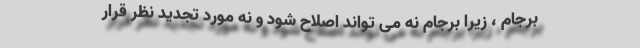
برجام ، زیرا برجام نه می تواند اصلاح شود و نه مورد تجدید نظر قرار